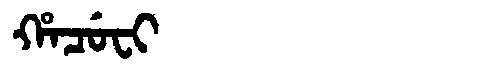
Manchu: ᡥᠠᠴᡠᠸᡳ
Romanization: HACUFI